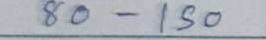
80 - 150